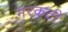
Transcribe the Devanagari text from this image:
मरकटी